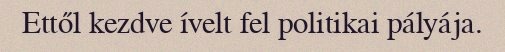
Ettől kezdve ívelt fel politikai pályája.